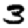
Digit: 3